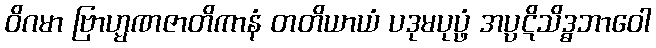
ဝိဂမာ ဗြာဟ္မဏဇာတိကာနံ တတိယာယံ ပဒုမပုပ္ဖံ အပ္ပဋိသိဒ္ဓဘာဝေါ